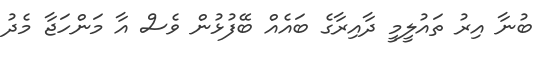
ބުނާ އިރު ތައުލީމީ ދާއިރާގެ ބައެއް ބޭފުޅުން ވެސް އާ މަންހަޖާ މެދު